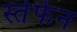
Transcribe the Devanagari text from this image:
स्तेफेन